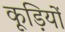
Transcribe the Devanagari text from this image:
कूड़ियों